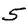
Digit: 5